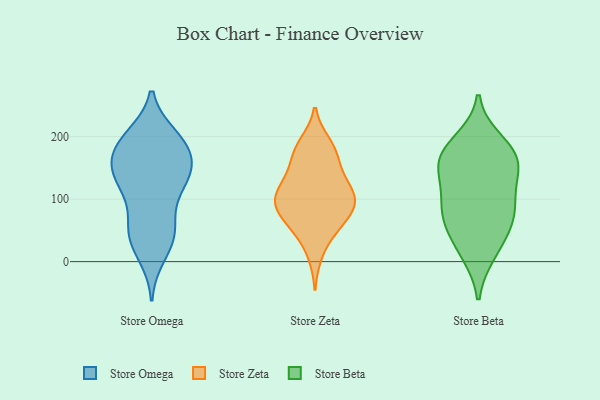
{"axis": {"x": "Website Visitors", "y": "Value"}, "legend": ["Store Beta", "Store Omega", "Store Zeta"], "data": [{"x": "", "y": 49, "type": "Store Omega"}, {"x": "", "y": 200, "type": "Store Omega"}, {"x": "", "y": 54, "type": "Store Omega"}, {"x": "", "y": 108, "type": "Store Omega"}, {"x": "", "y": 198, "type": "Store Omega"}, {"x": "", "y": 145, "type": "Store Omega"}, {"x": "", "y": 125, "type": "Store Omega"}, {"x": "", "y": 130, "type": "Store Omega"}, {"x": "", "y": 150, "type": "Store Omega"}, {"x": "", "y": 152, "type": "Store Omega"}, {"x": "", "y": 10, "type": "Store Omega"}, {"x": "", "y": 189, "type": "Store Omega"}, {"x": "", "y": 44, "type": "Store Omega"}, {"x": "", "y": 175, "type": "Store Omega"}, {"x": "", "y": 181, "type": "Store Omega"}, {"x": "", "y": 59, "type": "Store Omega"}, {"x": "", "y": 120, "type": "Store Omega"}, {"x": "", "y": 194, "type": "Store Omega"}, {"x": "", "y": 26, "type": "Store Omega"}, {"x": "", "y": 151, "type": "Store Omega"}, {"x": "", "y": 129, "type": "Store Zeta"}, {"x": "", "y": 136, "type": "Store Zeta"}, {"x": "", "y": 98, "type": "Store Zeta"}, {"x": "", "y": 100, "type": "Store Zeta"}, {"x": "", "y": 182, "type": "Store Zeta"}, {"x": "", "y": 58, "type": "Store Zeta"}, {"x": "", "y": 179, "type": "Store Zeta"}, {"x": "", "y": 12, "type": "Store Zeta"}, {"x": "", "y": 145, "type": "Store Zeta"}, {"x": "", "y": 82, "type": "Store Zeta"}, {"x": "", "y": 97, "type": "Store Zeta"}, {"x": "", "y": 57, "type": "Store Zeta"}, {"x": "", "y": 189, "type": "Store Zeta"}, {"x": "", "y": 166, "type": "Store Zeta"}, {"x": "", "y": 103, "type": "Store Zeta"}, {"x": "", "y": 109, "type": "Store Zeta"}, {"x": "", "y": 51, "type": "Store Zeta"}, {"x": "", "y": 100, "type": "Store Zeta"}, {"x": "", "y": 76, "type": "Store Zeta"}, {"x": "", "y": 139, "type": "Store Beta"}, {"x": "", "y": 87, "type": "Store Beta"}, {"x": "", "y": 192, "type": "Store Beta"}, {"x": "", "y": 65, "type": "Store Beta"}, {"x": "", "y": 156, "type": "Store Beta"}, {"x": "", "y": 69, "type": "Store Beta"}, {"x": "", "y": 172, "type": "Store Beta"}, {"x": "", "y": 170, "type": "Store Beta"}, {"x": "", "y": 79, "type": "Store Beta"}, {"x": "", "y": 112, "type": "Store Beta"}, {"x": "", "y": 25, "type": "Store Beta"}, {"x": "", "y": 14, "type": "Store Beta"}, {"x": "", "y": 160, "type": "Store Beta"}]}